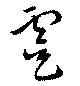
虞